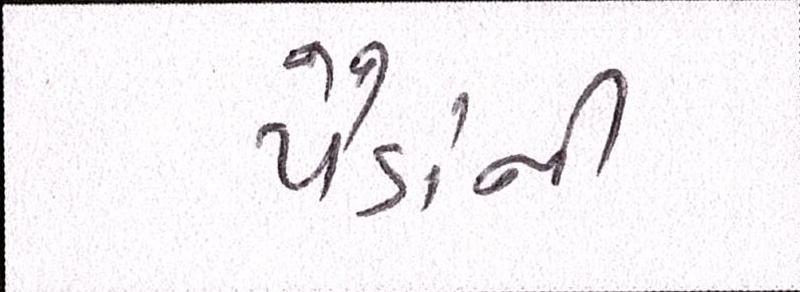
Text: પૈડાંની